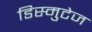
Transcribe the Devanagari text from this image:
डिस्मुटेज